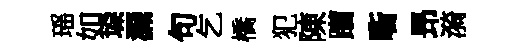
瑶如垜漏句乞橋犯陳躪㗸昻漪